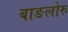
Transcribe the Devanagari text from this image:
बाङलोरु